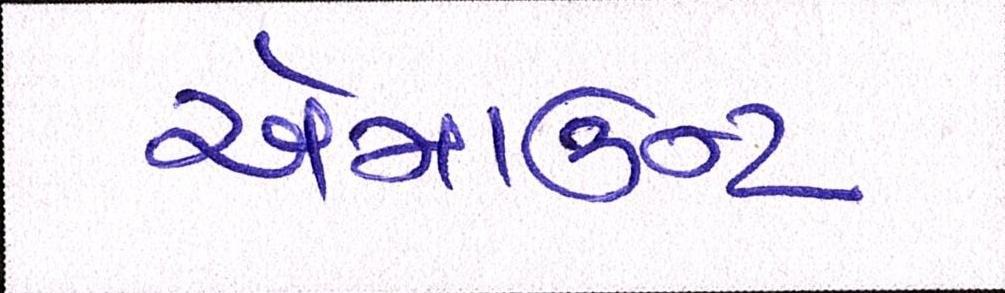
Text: એમાઉન્ટ